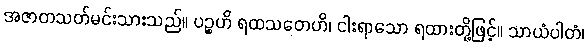
အဇာတသတ်မင်းသားသည်။ ပဉ္စဟိ ရထသတေဟိ၊ ငါးရာသော ရထားတို့ဖြင့်။ သာယံပါတံ၊